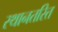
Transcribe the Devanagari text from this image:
स्थानतरित